Annual report of the Punjab Veterinary College and of the Civil Veterinary Department, Punjab - 1909-1919
Year: 1909
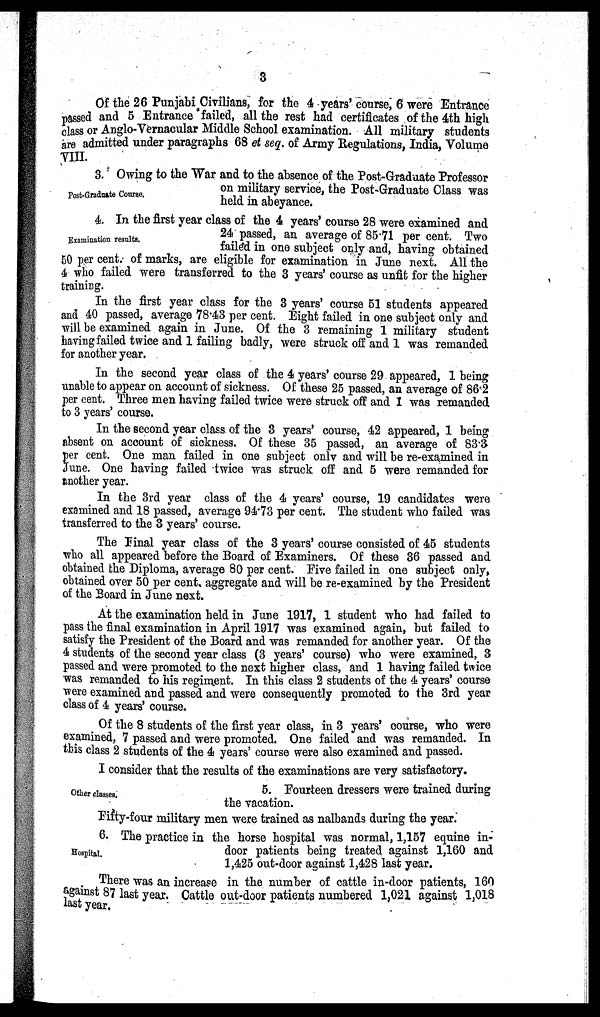
3
Of the 26 Punjabi Civilians, for the 4 years' course, 6 were Entrance
passed and 5 Entrance failed, all the rest had certificates of the 4th high
class or Anglo-Vernacular Middle School examination. All military students
are admitted under paragraphs 68 et seq. of Army Regulations, India, Volume
VIII.
Post-Graduate Course.
3. Owing to the War and to the absence of the Post-Graduate Professor
on military service, the Post-Graduate Class was
held in abeyance.
Examination results.
4. In the first year class of the 4 years' course 28 were examined and
24 passed, an average of 85.71 per cent. Two
failed in one subject only and, having obtained
50 per cent. of marks, are eligible for examination in June next. All the
4 who failed were transferred to the 3 years' course as unfit for the higher
training.
In the first year class for the 3 years' course 51 students appeared
and 40 passed, average 78.43 per cent. Eight failed in one subject only and
will be examined again in June. Of the 3 remaining 1 military student
having failed twice and 1 failing badly, were struck off and 1 was remanded
for another year.
In the second year class of the 4 years' course 29 appeared, 1 being
unable to appear on account of sickness. Of these 25 passed, an average of 86.2
per cent. Three men having failed twice were struck off and 1 was remanded
to 3 years' course.
In the second year class of the 3 years' course, 42 appeared, 1 being
absent on account of sickness. Of these 35 passed, an average of 83.3
per cent. One man failed in one subject only and will be re-examined in
June. One having failed twice was struck off and 5 were remanded for
another year.
In the 3rd year class of the 4 years' course, 19 candidates were
examined and 18 passed, average 94.73 per cent. The student who failed was
transferred to the 3 years' course.
The Final year class of the 3 years' course consisted of 45 students
who all appeared before the Board of Examiners. Of these 36 passed and
obtained the Diploma, average 80 per cent. Five failed in one subject only,
obtained over 50 per cent. aggregate and will be re-examined by the President
of the Board in June next.
At the examination held in June 1917, 1 student who had failed to
pass the final examination in April 1917 was examined again, but failed to
satisfy the President of the Board and was remanded for another year. Of the
4 students of the second year class (3 years' course) who were examined, 3
passed and were promoted to the next higher class, and 1 having failed twice
was remanded to his regiment. In this class 2 students of the 4 years' course
were examined and passed and were consequently promoted to the 3rd year
class of 4 years' course.
Of the 8 students of the first year class, in 3 years' course, who were
examined, 7 passed and were promoted. One failed and was remanded. In
this class 2 students of the 4 years' course were also examined and passed.
I consider that the results of the examinations are very satisfactory.
Other classes.
5. Fourteen dressers were trained during
the vacation.
Fifty-four military men were trained as nalbands during the year.
Hospital.
6. The practice in the horse hospital was normal, 1,157 equine in-
door patients being treated against 1,160 and
1,425 out-door against 1,428 last year.
There was an increase in the number of cattle in-door patients, 160
against 87 last year. Cattle out-door patients numbered 1,021 against 1,018
last year.